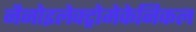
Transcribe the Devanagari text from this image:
नैनोइलेक्ट्रोमेकेनिकल